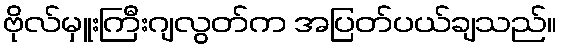
ဗိုလ်မှူးကြီးဂျလွတ်က အပြတ်ပယ်ချသည်။